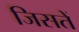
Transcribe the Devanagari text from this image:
जिसतें